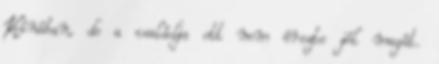
Kínában, de a családja ott nem érezte jól magát.